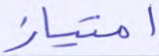
امتياز